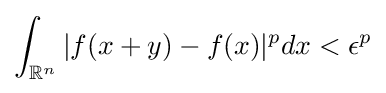
\int _{\mathbb {R} ^{n}}|f(x+y)-f(x)|^{p}dx<\epsilon ^{p}